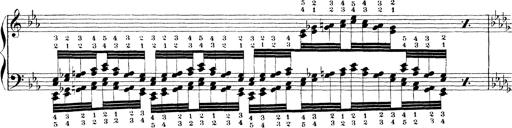
Title: Technische Studien
Composer: Franz Liszt